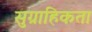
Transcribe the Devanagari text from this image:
सुग्राहिकता